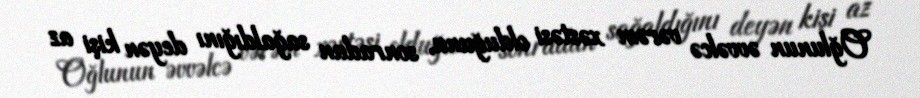
Oğlunun əvvəlcə vərəm xəstəsi olduğunu, sonradan sağaldığını deyən kişi az